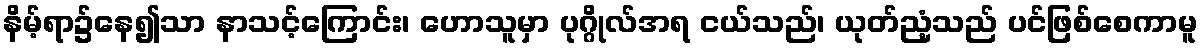
နိမ့်ရာ၌နေ၍သာ နာသင့်ကြောင်း၊ ဟောသူမှာ ပုဂ္ဂိုလ်အရ ငယ်သည်၊ ယုတ်ညံ့သည် ပင်ဖြစ်စေကာမူ